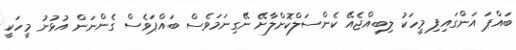
ބައްޕަ އަންގައިފި މީހަކު ލިބިއްޖެއޭ ކެންސަލްކޮށްލާށޭ ނޭގިނަމަވެސް ބައްޕަވެސް ގެންނަން އުޅުނު މީހަކީ